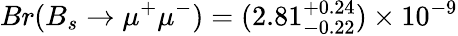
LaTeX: Br(B_{s}\to\mu^{+}\mu^{-})=(2.81_{-0.22}^{+0.24})\times 10^{-9}